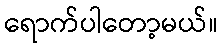
ရောက်ပါတော့မယ်။